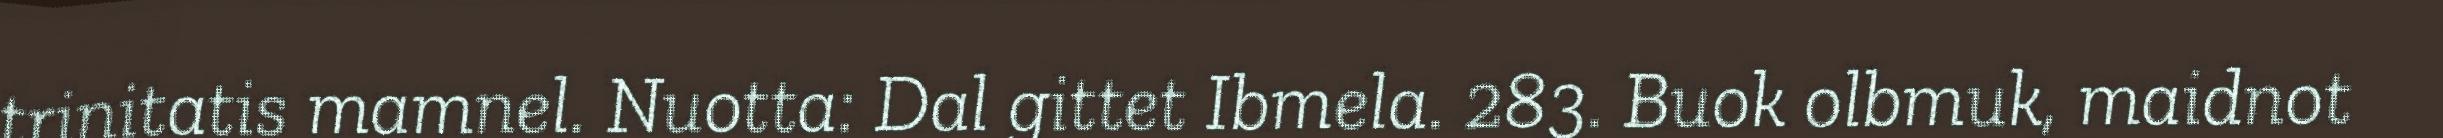
trinitatis mamnel. Nuotta: Dal gittet Ibmela. 283. Buok olbmuk, maidnot